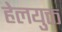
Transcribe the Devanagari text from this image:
हेलयुक्त